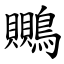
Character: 䴍